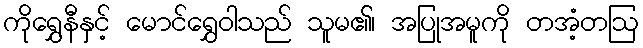
ကိုရွှေနီနှင့် မောင်ရွှေဝါသည် သူမ၏၊ အပြုအမူကို တအံ့တဩ